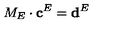
M _ { E } \cdot \mathbf { c } ^ { E } = \mathbf { d } ^ { E }